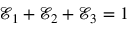
\mathscr { E } _ { 1 } + \mathscr { E } _ { 2 } + \mathscr { E } _ { 3 } = 1